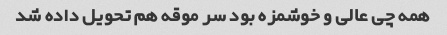
همه چی عالی و خوشمزه بود سر موقه هم تحویل داده شد